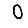
Digit: 0